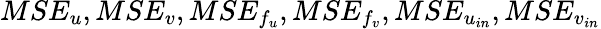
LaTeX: MSE_{u},MSE_{v},MSE_{f_{u}},MSE_{f_{v}},MSE_{u_{in}},MSE_{v_{in}}